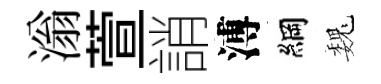
滃萱誚溥綱巍